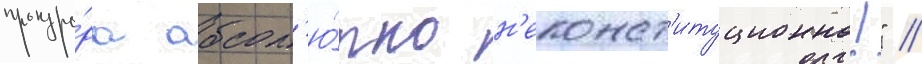
прокуро́ра абсол'ю́тно н'еконст'итуционно!" //